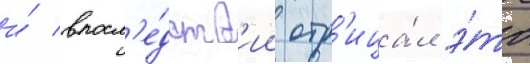
и́ впосл'е́дств'ии отр'ица́л э́то